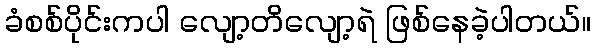
ခံစစ်ပိုင်းကပါ လျော့တိလျော့ရဲ ဖြစ်နေခဲ့ပါတယ်။